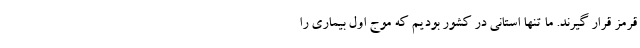
قرمز قرار گیرند. ما تنها استانی در کشور بودیم که موج اول بیماری را